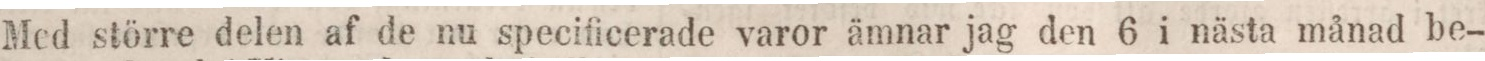
Med större delen af de nu specificerade varor ämnar jag den 6 i nästa månad be-